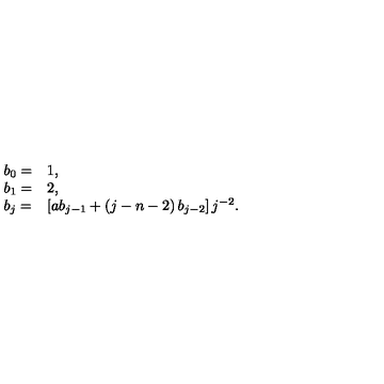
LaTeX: \begin{array} { l l } { b _ { 0 } = } & { 1 , } \\ { b _ { 1 } = } & { 2 , } \\ { b _ { j } = } & { \left[ a b _ { j - 1 } + \left( j - n - 2 \right) b _ { j - 2 } \right] j ^ { - 2 } . } \\ \end{array}